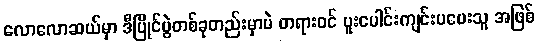
လောလောဆယ်မှာ ဒီပြိုင်ပွဲတစ်ခုတည်းမှာပဲ တရားဝင် ပူးပေါင်းကျင်းပပေးသူ အဖြစ်